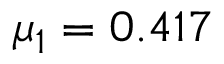
\mu _ { 1 } = 0 . 4 1 7